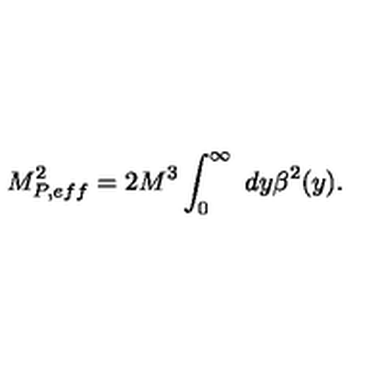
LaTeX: M _ { P , e f f } ^ { 2 } = 2 M ^ { 3 } \int _ { 0 } ^ { \infty } \ d y \beta ^ { 2 } ( y ) .